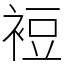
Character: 裋